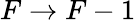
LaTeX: F\rightarrow F-1